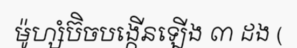
ម៉ូហ្សំប៊ិចបង្កើនឡើង ៣ ដង (